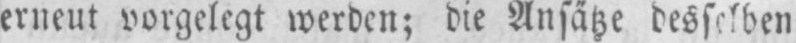
erneut vorgelegt werden; die Ansätze desselben